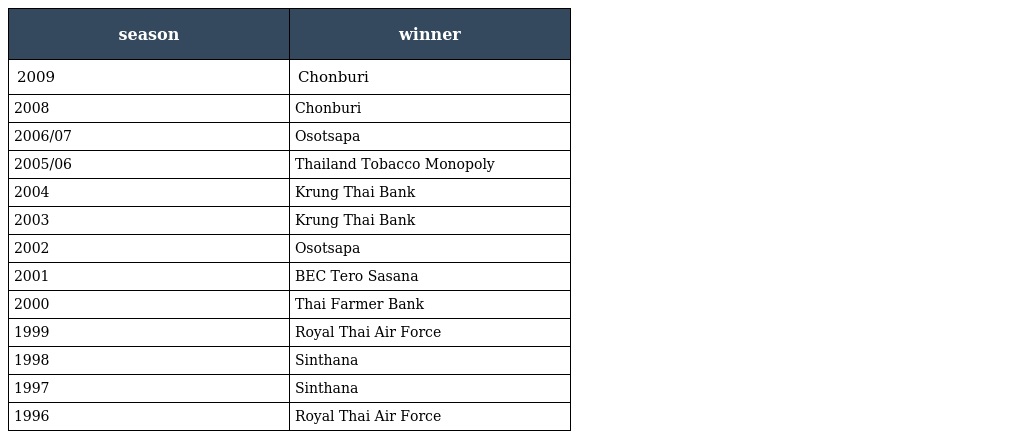
| season | winner |
 | --- | --- |
 | 2009 | Chonburi |
 | 2008 | Chonburi |
 | 2006/07 | Osotsapa |
 | 2005/06 | Thailand Tobacco Monopoly |
 | 2004 | Krung Thai Bank |
 | 2003 | Krung Thai Bank |
 | 2002 | Osotsapa |
 | 2001 | BEC Tero Sasana |
 | 2000 | Thai Farmer Bank |
 | 1999 | Royal Thai Air Force |
 | 1998 | Sinthana |
 | 1997 | Sinthana |
 | 1996 | Royal Thai Air Force |